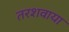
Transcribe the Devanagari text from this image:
तरशवाया